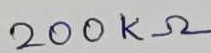
Text: 200KΩ